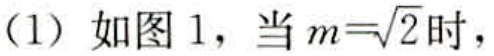
（1）如图 1，当\(m = \sqrt{2}\)时，